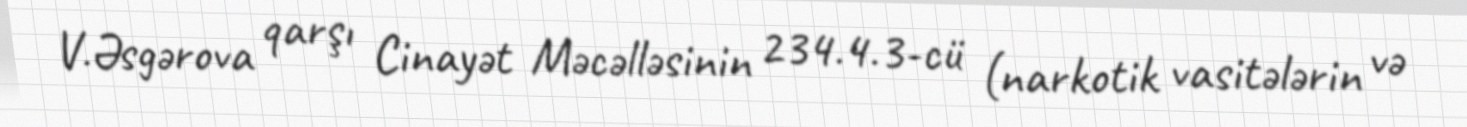
V.Əsgərova qarşı Cinayət Məcəlləsinin 234.4.3-cü (narkotik vasitələrin və